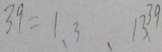
3 9 = 1 、 3 、 1 3 、 3 9